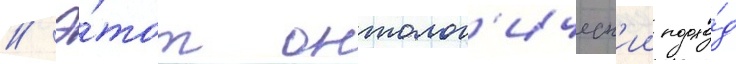
// Э́тот онтолог'ическ'ии подхо́д